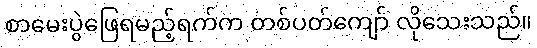
စာမေးပွဲဖြေရမည့်ရက်က တစ်ပတ်ကျော် လိုသေးသည်။